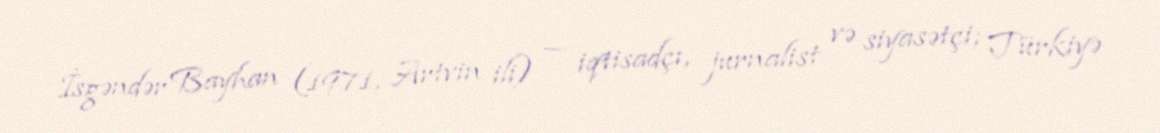
İsgəndər Bayhan (1971, Artvin ili) — iqtisadçı, jurnalist və siyasətçi; Türkiyə